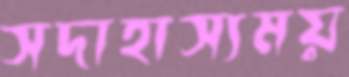
সদাহাস্যময়